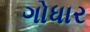
ગોધાર